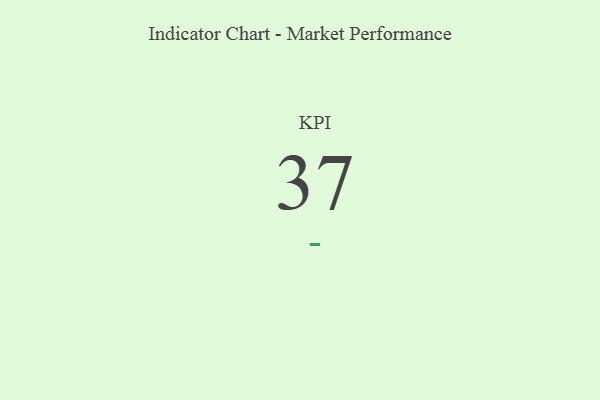
{"axis": {"x": "KPI", "y": "Value"}, "legend": [""], "data": [{"x": "KPI", "y": 37, "type": ""}]}